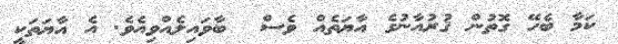
ކަމާ ބެހޭ ގޮތުން ޤުރުއާނުގެ އާޔަތެއް ވެސް  ބާވައިލެއްވިއެވެ. އެ އާޔަތަކީ